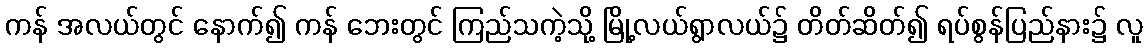
ကန် အလယ်တွင် နောက်၍ ကန် ဘေးတွင် ကြည်သကဲ့သို့ မြို့လယ်ရွာလယ်၌ တိတ်ဆိတ်၍ ရပ်စွန်ပြည်နား၌ လူ